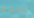
معتقدات